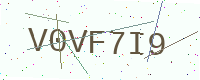
Text: V0VF7I9